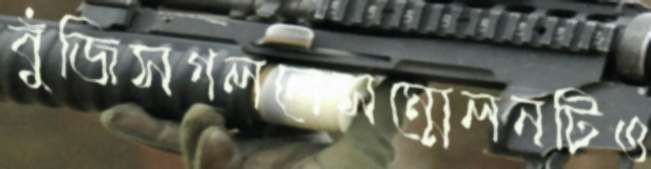
বুঁজিসগললেসম্মেলনটিও